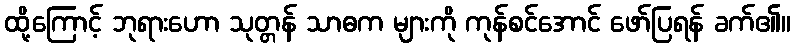
ထို့ကြောင့် ဘုရားဟော သုတ္တန် သာဓက များကို ကုန်စင်အောင် ဖော်ပြရန် ခက်၏။